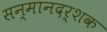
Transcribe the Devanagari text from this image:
सन्मानदर्शक